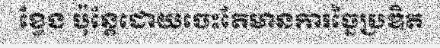
ខ្វែង ប៉ុន្តែដោយចេះតែមានការច្នៃប្រឌិត